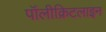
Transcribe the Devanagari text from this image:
पॉलीक्रिटलाइन